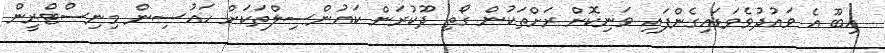
އިބޫ އެ ވައުދުވެވަޑައިގެންފައި ވަނިކޮށް ރަށްތަކުން ގޯތި ދޫކުރަން ކައުންސިލްތަކަށް ހައުސިން މިނިސްޓްރީން